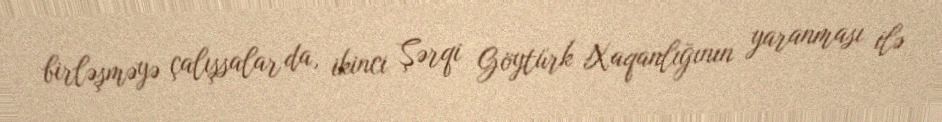
birləşməyə çalışsalar da, ikinci Şərqi Göytürk Xaqanlığının yaranması ilə